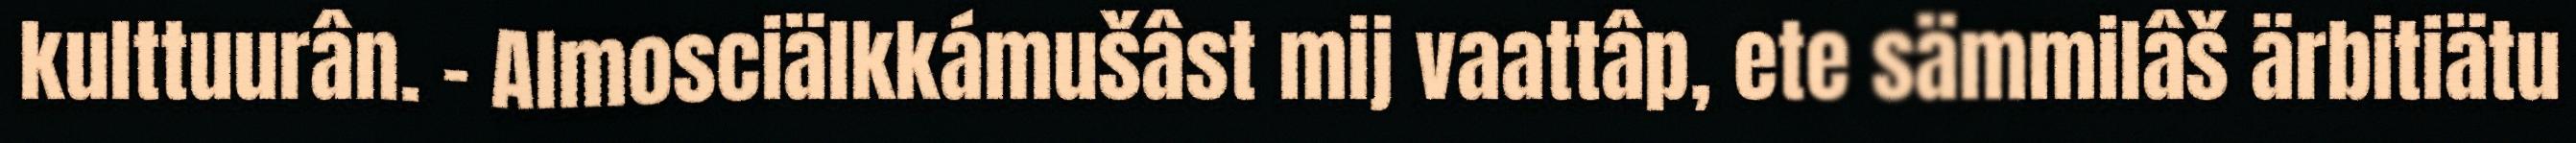
kulttuurân. – Almosciälkkámušâst mij vaattâp, ete sämmilâš ärbitiätu